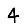
Digit: 4